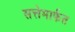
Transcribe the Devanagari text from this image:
सत्तेमार्फत